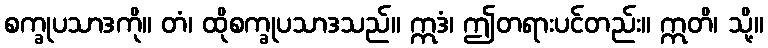
စက္ခုပသာဒကို။ တံ၊ ထိုစက္ခုပသာဒသည်။ ဣဒံ၊ ဤတရားပင်တည်း။ ဣတိ၊ သို့။